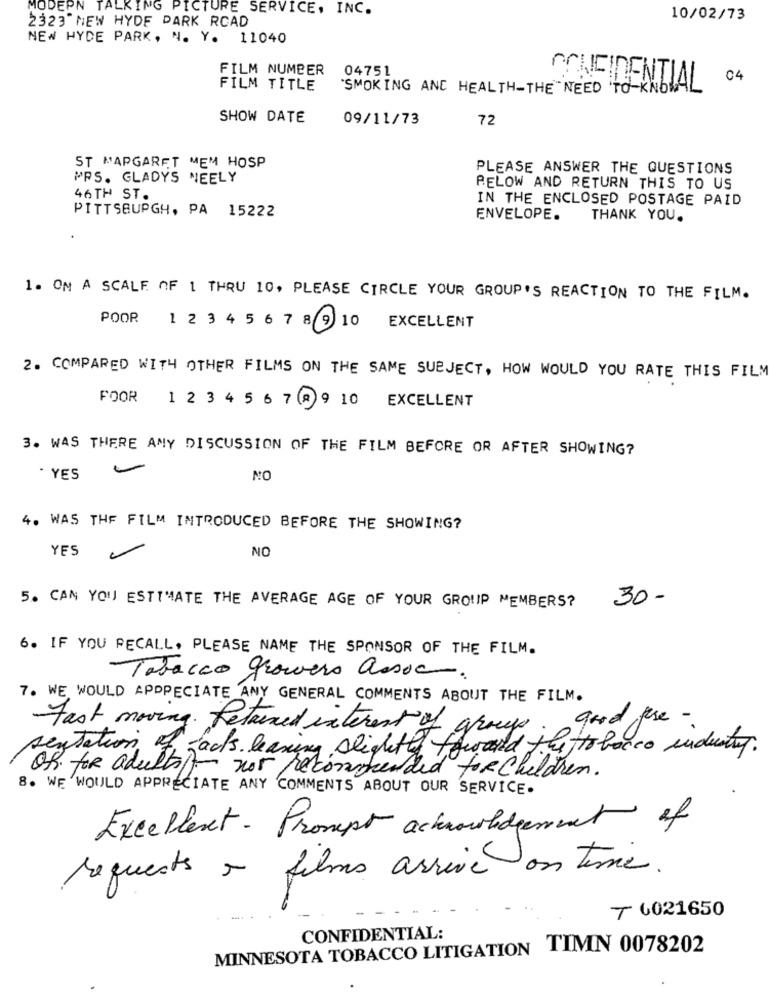
MODERN TALKING PICTURE SERVICE, INC.
10/02/73
2323 NEW HYDE PARK ROAD
NEW HYDE PARK, N. Y. 11040
FILM NUMBER
04751
04
FILM TITLE
"SMOKING AND HEALTH-THE NEED TO KNOWA
CONFIDENTIAL
SHOW DATE
09/11/73
72
ST MAPGARET MEM HOSP
PLEASE ANSWER THE QUESTIONS
PPS. GLADYS NEELY
BELOW AND RETURN THIS TO US
46TH ST.
IN THE ENCLOSED POSTAGE PAID
PITTSBURGH, PA 15222
ENVELOPE.
THANK YOU.
1. ON A SCALE OF 1 THRU 10, PLEASE CIRCLE YOUR GROUP'S REACTION TO THE FILM.
POOR 1 2 3 4 5 6 7 8 9 10 EXCELLENT
2. COMPARED WITH OTHER FILMS ON THE SAME SUBJECT, HOW WOULD YOU RATE THIS FILM
FOOR 12 3 4 5 6 7 8 9 10 EXCELLENT
3. WAS THERE ANY DISCUSSION OF THE FILM BEFORE OR AFTER SHOWING?
. YES
NO
4. WAS THE FILM INTRODUCED BEFORE THE SHOWING?
YES
NO
5. CAN YOU ESTIMATE THE AVERAGE AGE OF YOUR GROUP MEMBERS?
30-
6. IF YOU RECALL. PLEASE NAME THE SPONSOR OF THE FILM.
Tabacco growers assoc.
7. WE WOULD APPRECIATE ANY GENERAL COMMENTS ABOUT THE FILM.
good the -
sentation of jacks leaving sligety toward
Fast moving. Retained interest of group, if tobacco industry.
OR for adults not recommended for Children.
8. WE WOULD APPRECIATE ANY COMMENTS ABOUT OUR SERVICE.
Excellent- Prompt acknowledgement of
films arrive on time.
requests o
₸ 0021650
CONFIDENTIAL:
MINNESOTA TOBACCO LITIGATION TIMN 0078202